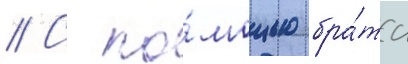
// С по́мощью бра́та